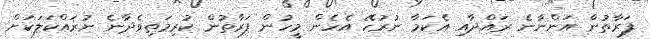
ފަރާތުން އަންނާނެ ރައްދާއި އެކަމާ ނުރުހޭ އެހެން މީހުން ފަރާތުން ކުރިމަތިވެދާނެ ނުރައްކަލަކަށް